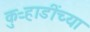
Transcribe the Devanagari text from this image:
कुऱ्हाडींच्या